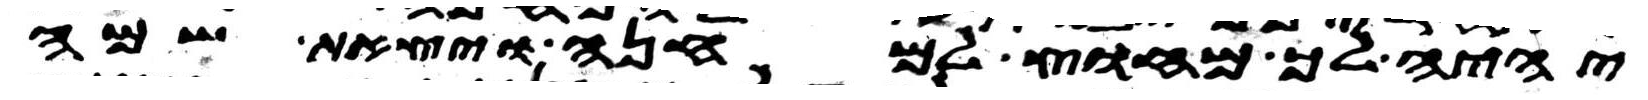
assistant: יהיה לך מחוץ למחנה ויצאת שם